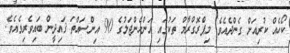
ކޯހެއް ކުރިއަށް ގެންދެއެވެ. މިޕްރޮގްރާމް ތަކުގައި އަންހެންޖަލުގެ 90 އިންސައްތަ ޤައިދީން ބައިވެރިވެއެވެ.